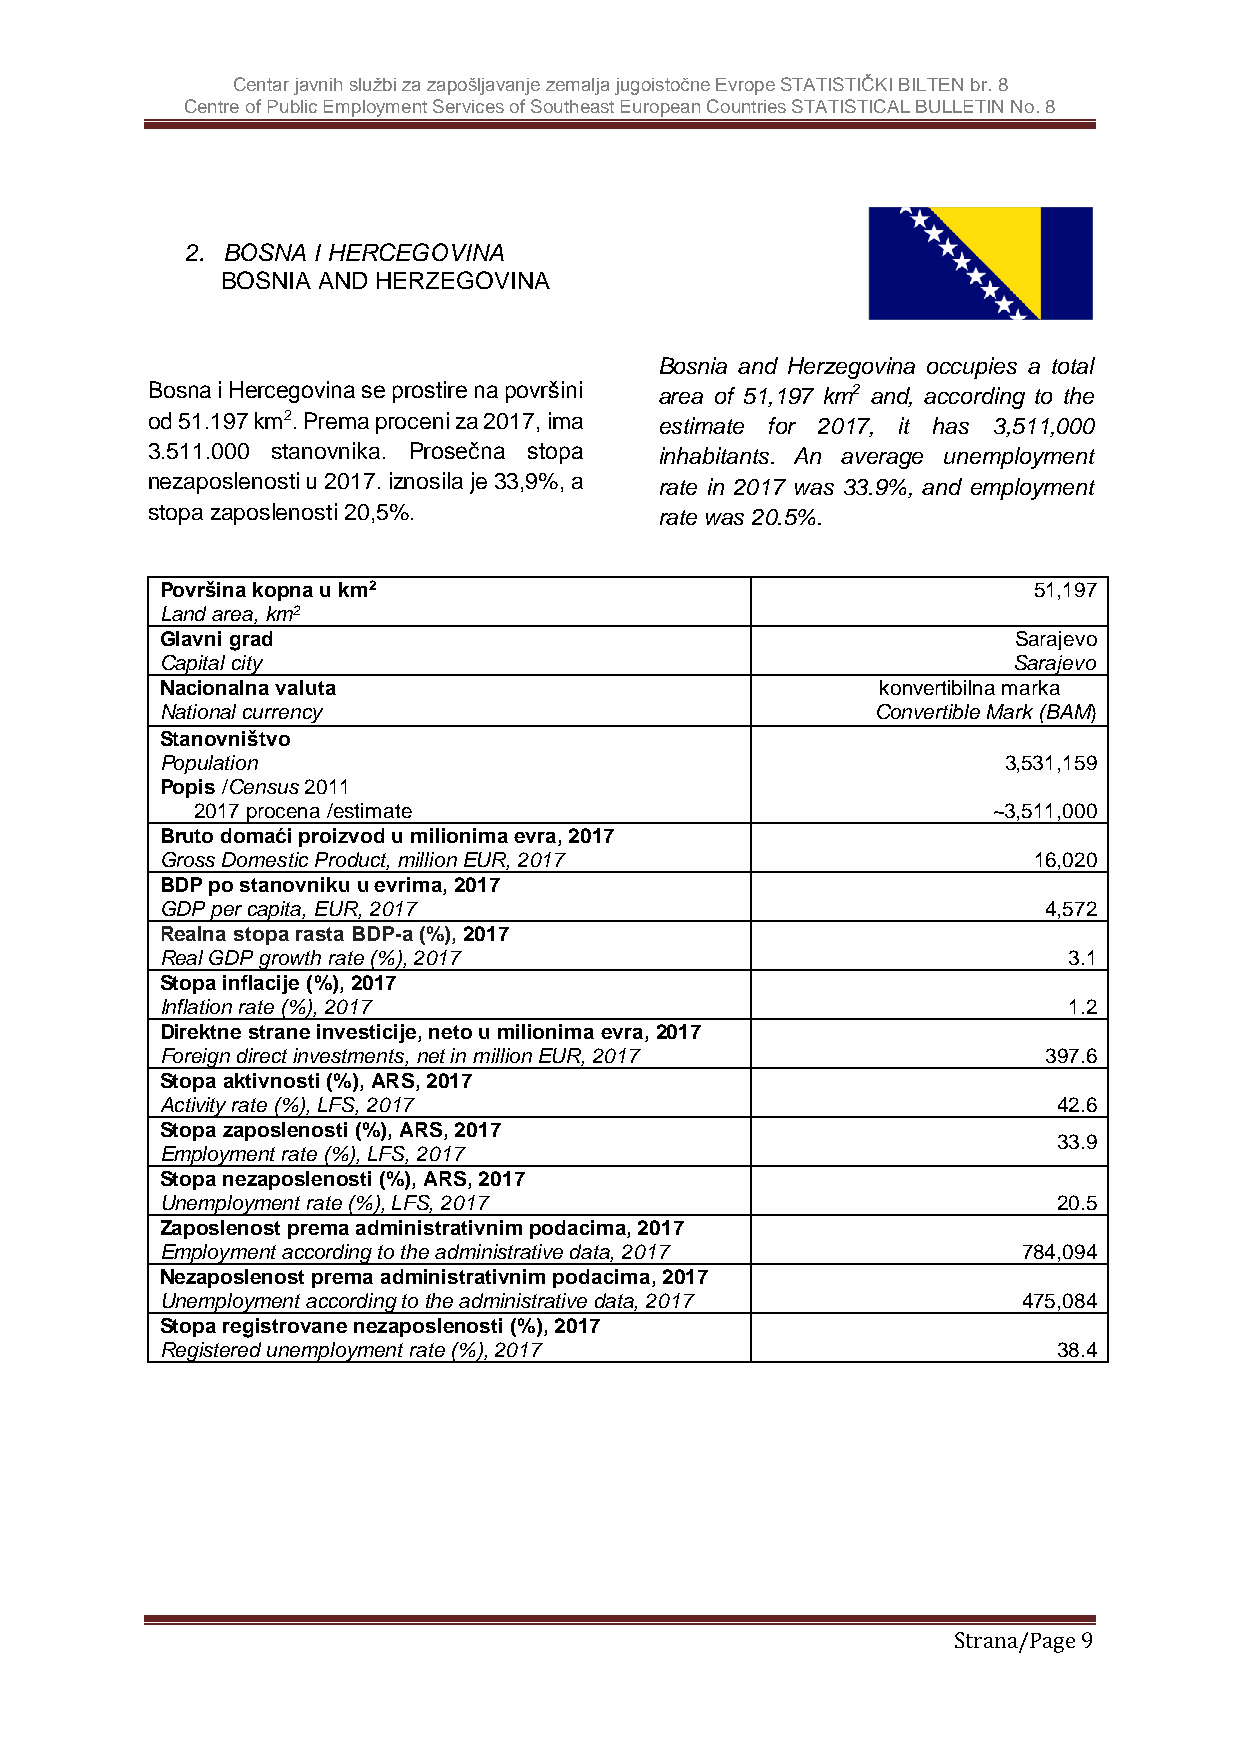
Centar javnih službi za zapošljavanje zemalja jugoistočne Evrope STATISTIČKI BILTEN br. 8
 Centre of Public Employment Services of Southeast European Countries STATISTICAL BULLETIN No. 8
 2. BOSNA I HERCEGOVINA
 BOSNIA AND HERZEGOVINA
 Bosnia and Herzegovina occupies a total
 Bosna i Hercegovina se prostire na površini area of 51,197 km2 and, according to the
 od 51.197 km2. Prema proceni za 2017, ima estimate for 2017, it has 3,511,000
 3.511.000 stanovnika. Prosečna stopa inhabitants. An average unemployment
 nezaposlenosti u 2017. iznosila je 33,9%, a rate in 2017 was 33.9%, and employment
 stopa zaposlenosti 20,5%.         rate was 20.5%.
 Površina kopna u km2                                     51,197
 Land area, km2
 Glavni grad                                             Sarajevo
 Capital city                                            Sarajevo
 Nacionalna valuta                              konvertibilna marka
 National currency                              Convertible Mark (BAM)
 Stanovništvo
 Population                                             3,531,159
 Popis /Census 2011
 2017 procena /estimate                               ~3,511,000
 Bruto domaći proizvod u milionima evra, 2017
 Gross Domestic Product, million EUR, 2017                16,020
 BDP po stanovniku u evrima, 2017
 GDP per capita, EUR, 2017                                 4,572
 Realna stopa rasta BDP-a (%), 2017
 Real GDP growth rate (%), 2017                              3.1
 Stopa inflacije (%), 2017
 Inflation rate (%), 2017                                    1.2
 Direktne strane investicije, neto u milionima evra, 2017
 Foreign direct investments, net in million EUR, 2017      397.6
 Stopa aktivnosti (%), ARS, 2017
 Activity rate (%), LFS, 2017                               42.6
 Stopa zaposlenosti (%), ARS, 2017
 33.9
 Employment rate (%), LFS, 2017
 Stopa nezaposlenosti (%), ARS, 2017
 Unemployment rate (%), LFS, 2017                           20.5
 Zaposlenost prema administrativnim podacima, 2017
 Employment according to the administrative data, 2017    784,094
 Nezaposlenost prema administrativnim podacima, 2017
 Unemployment according to the administrative data, 2017  475,084
 Stopa registrovane nezaposlenosti (%), 2017
 Registered unemployment rate (%), 2017                     38.4
 Strana/Page 9